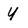
Character: Y